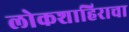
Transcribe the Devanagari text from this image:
लोकशाहिराचा